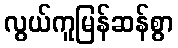
လွယ်ကူမြန်ဆန်စွာ